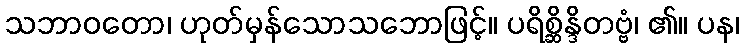
သဘာဝတော၊ ဟုတ်မှန်သောသဘောဖြင့်။ ပရိစ္ဆိန္ဒိတဗ္ဗံ၊ ၏။ ပန၊